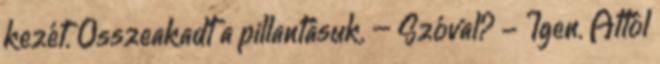
kezét. Összeakadt a pillantásuk. – Szóval? - Igen. Attól